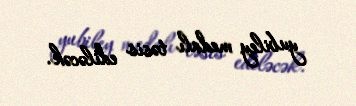
yubiley medalı təsis ediləcək.